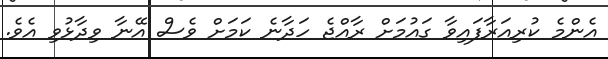
އެންމެ ކުރިއަރާފައިވާ ގައުމަށް ރާއްޖެ ހަދާނެ ކަމަށް ވެސް އޭނާ ވިދާޅުވި އެވެ.